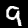
Digit: 9